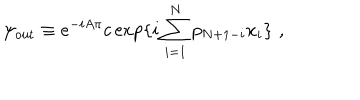
\psi _ { \mathrm { o u t } } \equiv e ^ { - i A \pi } c \exp \{ i \sum _ { i = 1 } ^ { N } p _ { N + 1 - i } x _ { i } \} \, \, ,